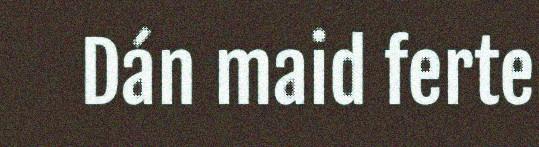
Dán maid ferte